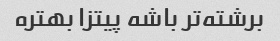
برشته‌تر باشه پیتزا بهتره